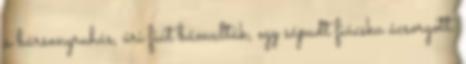
a bársonyruhás, úri fiút bámulták, egy sápadt fiúcska ácsorgott.